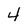
Character: 4